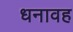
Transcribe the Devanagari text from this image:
धनावह